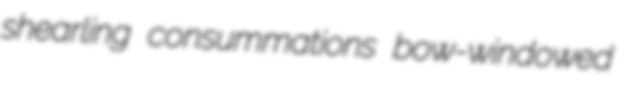
shearling consummations bow-windowed